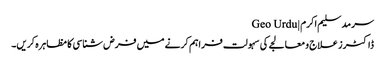
سرمد سلیم اکرم | Geo Urdu
ڈاکٹرز علاج و معالجے کی سہولت فراہم کرنے میں فرض شناسی کا مظاہرہ کریں۔